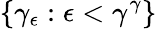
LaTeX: \{ \gamma_{\epsilon}:\epsilon<\gamma^{\gamma}\}